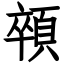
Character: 顇